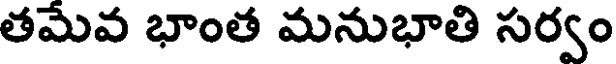
తమేవ భాంత మనుభాతి సర్వం